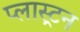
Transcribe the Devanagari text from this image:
प्लास्ट्रन